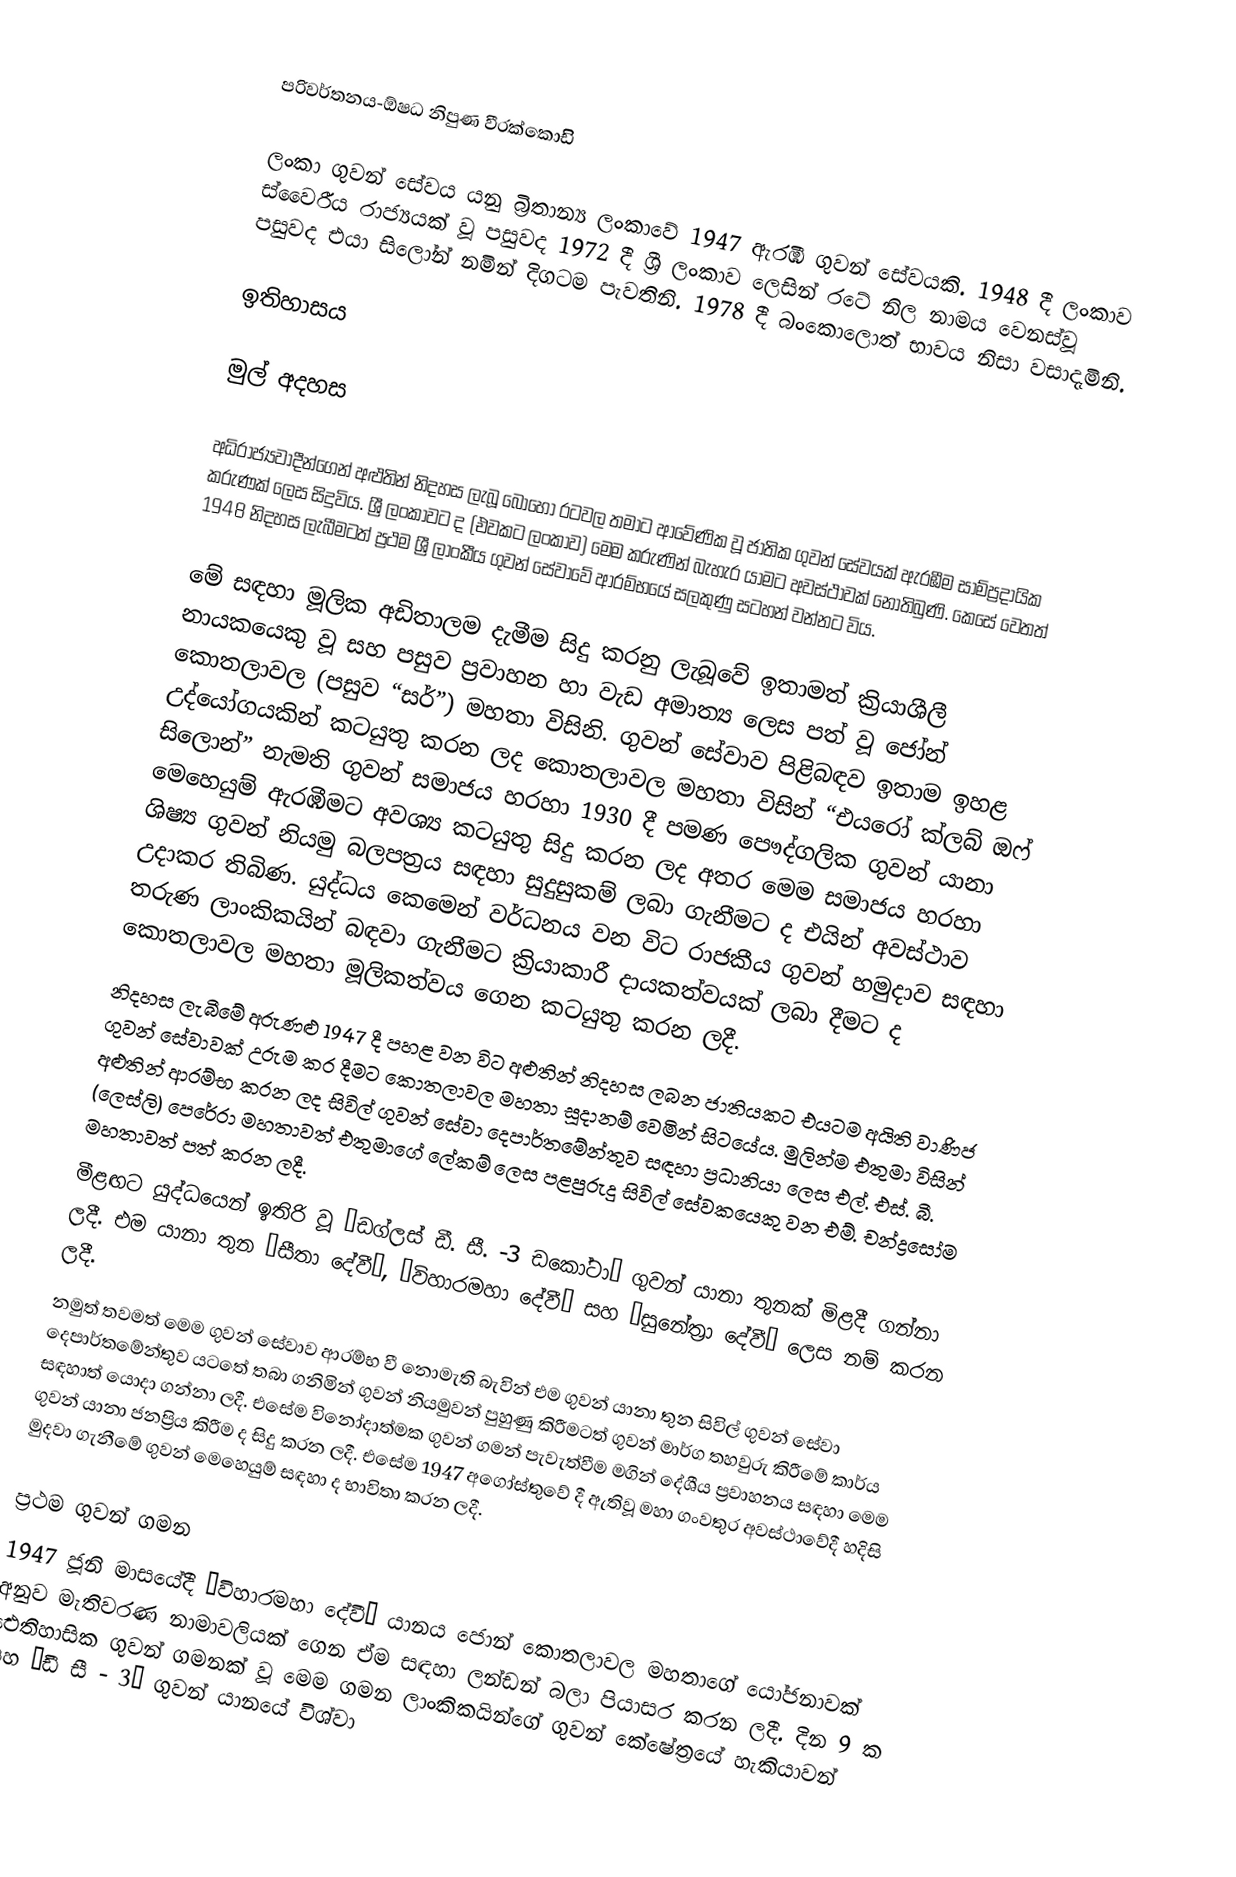
පරිවර්තනය-ඕෂධ නිපුණ වීරක්කොඩිි

ලංකා ගුවන් සේවය යනු බ්‍රිතාන්‍ය ලංකාවේ 1947 ඇරඹි ගුවන් සේවයකි. 1948 දී ලංකාව ස්වෛරීය රාජ්‍යයක් වූ පසුවද 1972 දී ශ්‍රී ලංකාව ලෙසින් රටේ නිල නාමය වෙනස්වූ පසුවද එයා සිලෝන් නමින් දිගටම පැවතිනි. 1978 දී බංකොලොත් භාවය නිසා වසාදැමිනි.

ඉතිහාසය

මුල් අදහස

අධිරාජ්‍යවාදීන්ගෙන් අළුතින් නිදහස ලැබූ බොහෝ රටවල තමාට ආවේණික වූ ජාතික ගුවන් සේවයක් ඇරඹීම සාම්ප්‍රදායික  කරුණක් ලෙස සිදුවිය. ශ්‍රී ලංකාවට ද (එවකට ලංකාව) මෙම කරුණින් බැහැර යාමට අවස්ථාවක් නොතිබුණි. කෙසේ වෙතත් 1948 නිදහස ලැබීමටත් ප්‍රථම ශ්‍රී ලාංකීය ගුවන් සේවාවේ ආරම්භයේ සලකුණු සටහන් වන්නට විය.

මේ සඳහා මූලික අඩිතාලම දැමීම සිදු කරනු ලැබූවේ ඉතාමත් ක්‍රියාශීලී නායකයෙකු වූ සහ පසුව ප්‍රවාහන හා වැඩ අමාත්‍ය ලෙස පත් වූ ජෝන් කොතලාවල (පසුව “සර්”) මහතා විසිනි. ගුවන් සේවාව පිළිබඳව ඉතාම ඉහළ උද්යෝගයකින් කටයුතු කරන ලද කොතලාවල මහතා විසින් “එයරෝ ක්ලබ් ඔෆ් සිලොන්” නැමති ගුවන් සමාජය හරහා 1930 දී පමණ පෞද්ගලික ගුවන් යානා මෙහෙයුම් ඇරඹීමට අවශ්‍ය කටයුතු සිදු කරන ලද අතර මෙම සමාජය හරහා ශිෂ්‍ය ගුවන් නියමු බලපත්‍රය සඳහා සුදුසුකම් ලබා ගැනීමට ද එයින් අවස්ථාව උදාකර තිබිණ. යුද්ධය කෙමෙන් වර්ධනය වන විට රාජකීය ගුවන් හමුදාව සඳහා තරුණ ලාංකිකයින් බඳවා ගැනීමට ක්‍රියාකාරී දායකත්වයක් ලබා දීමට ද කොතලාවල මහතා මූලිකත්වය ගෙන  කටයුතු කරන ලදී.
නිදහස ලැබීමේ අරුණළු 1947 දී පහළ වන විට අළුතින් නිදහස ලබන ජාතියකට එයටම අයිති වාණිජ ගුවන් සේවාවක් උරුම කර දීමට කොතලාවල මහතා සූදානම් වෙමින් සිටයේය. මුලින්ම එතුමා විසින් අළුතින් ආරම්භ කරන ලද සිවිල් ගුවන් සේවා දෙපාර්තමේන්තුව සඳහා ප්‍රධානියා ලෙස එල්. එස්. බී. (ලෙස්ලි) පෙරේරා මහතාවත් එතුමාගේ ලේකම් ලෙස පළපුරුදු සිවිල් සේවකයෙකු වන එම්. චන්ද්‍රසෝම මහතාවත් පත් කරන ලදී.
මීළඟට යුද්ධයෙන් ඉතිරි වූ “ඩග්ලස් ඩී. සී. -3 ඩකෝටා” ගුවන් යානා තුනක් මිළදී ගන්නා ලදී. එම යානා තුන “සීතා දේවී”, “විහාරමහා දේවී” සහ “සුනේත්‍රා දේවී” ලෙස නම් කරන ලදී.
නමුත් තවමත් මෙම ගුවන් සේවාව ආරම්භ වී නොමැති බැවින් එම ගුවන් යානා තුන සිවිල් ගුවන් සේවා දෙපාර්තමේන්තුව යටතේ තබා ගනිමින් ගුවන් නියමුවන් පුහුණු කිරීමටත් ගුවන් මාර්ග තහවුරු කිරීමේ කාර්ය සඳහාත් යොදා ගන්නා ලදී. එසේම විනෝදාත්මක ගුවන් ගමන් පැවැත්වීම මගින් දේශීය ප්‍රවාහනය සඳහා මෙම ගුවන් යානා ජනප්‍රිය කිරීම ද සිදු කරන ලදී. එසේම 1947 අගෝස්තුවේ දී ඇතිවූ මහා ගංවතුර අවස්ථාවේදී හදිසි මුදවා ගැනීමේ ගුවන් මෙහෙයුම් සඳහා ද භාවිතා කරන ලදී.

ප්‍රථම ගුවන් ගමන
1947 ජූනි මාසයේදී “විහාරමහා දේවී” යානය ජොන් කොතලාවල මහතාගේ යෝජනාවක් අනුව මැතිවරණ නාමාවලියක් ගෙන ඒම සඳහා ලන්ඩන් බලා පියාසර කරන ලදී. දින 9 ක ඓතිහාසික ගුවන් ගමනක් වූ මෙම ගමන ලාංකිකයින්ගේ ගුවන් කේෂේත්‍රයේ හැකියාවන් සහ “ඩී සී - 3” ගුවන් යානයේ විශ්වා